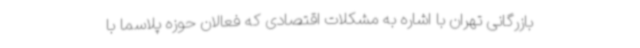
بازرگانی تهران با اشاره به مشکلات اقتصادی که فعالان حوزه پلاسما با